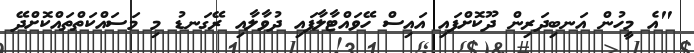
"އެ މީހުން އަނބިދަރިން ދޫކޮށްފައި އައިސް ހޭވައްޓާލާފައި ދުވާލާއި ރޭގަނޑު މި މަސައްކަތްތައްކޮށްދޭ